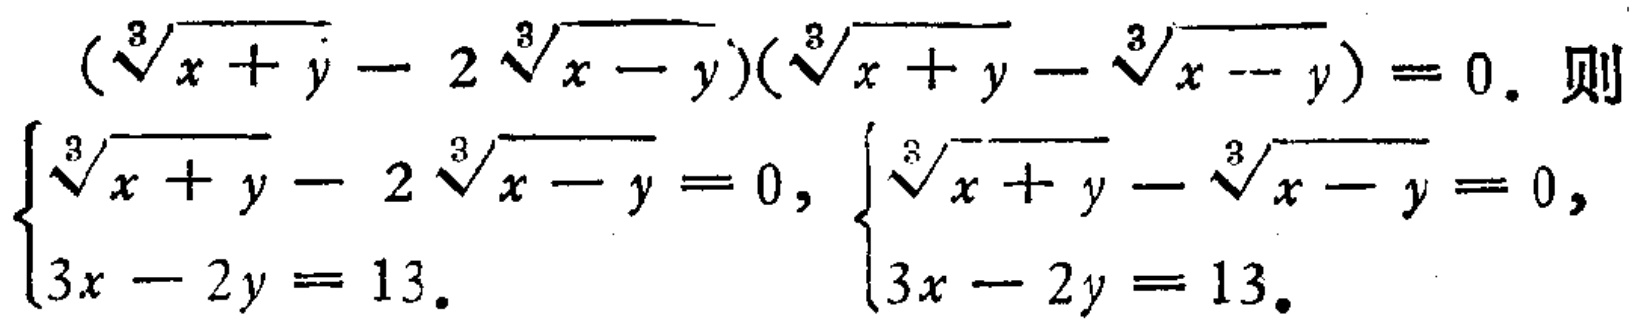
\((\sqrt[3]{x + y} - 2\sqrt[3]{x - y})(\sqrt[3]{x + y} - \sqrt[3]{x - y}) = 0.\) 则
\(\begin{cases}
\sqrt[3]{x + y} - 2\sqrt[3]{x - y} = 0, \\
3x - 2y = 13.
\end{cases}\)，\(\begin{cases}
\sqrt[3]{x + y} - \sqrt[3]{x - y} = 0, \\
3x - 2y = 13.
\end{cases}\)